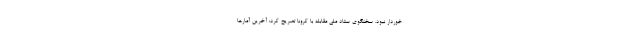
خوردار نبود. سخنگوی ستاد ملی مقابله با کرونا تصریح کرد: آخرین آمارها